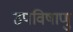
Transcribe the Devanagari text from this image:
उपविषाणु